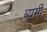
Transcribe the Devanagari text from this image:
ब्यूमी